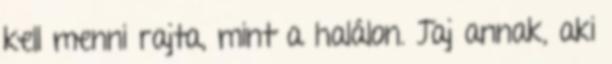
kell menni rajta, mint a halálon. Jaj annak, aki